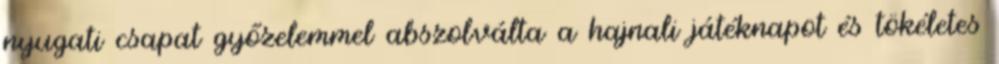
nyugati csapat győzelemmel abszolválta a hajnali játéknapot és tökéletes